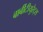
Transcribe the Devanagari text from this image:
बार्बीटीयुरेट्स